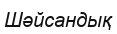
Шәйсандық